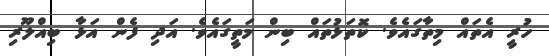
ހުރީ އެތައް މިތާގައެވެ. ކޮތަޅުތައް ބިން މަތީގައެވެ. އަދި ފެން އަޅާ ބިއްލޫރި